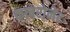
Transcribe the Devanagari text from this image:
काबरोनेट